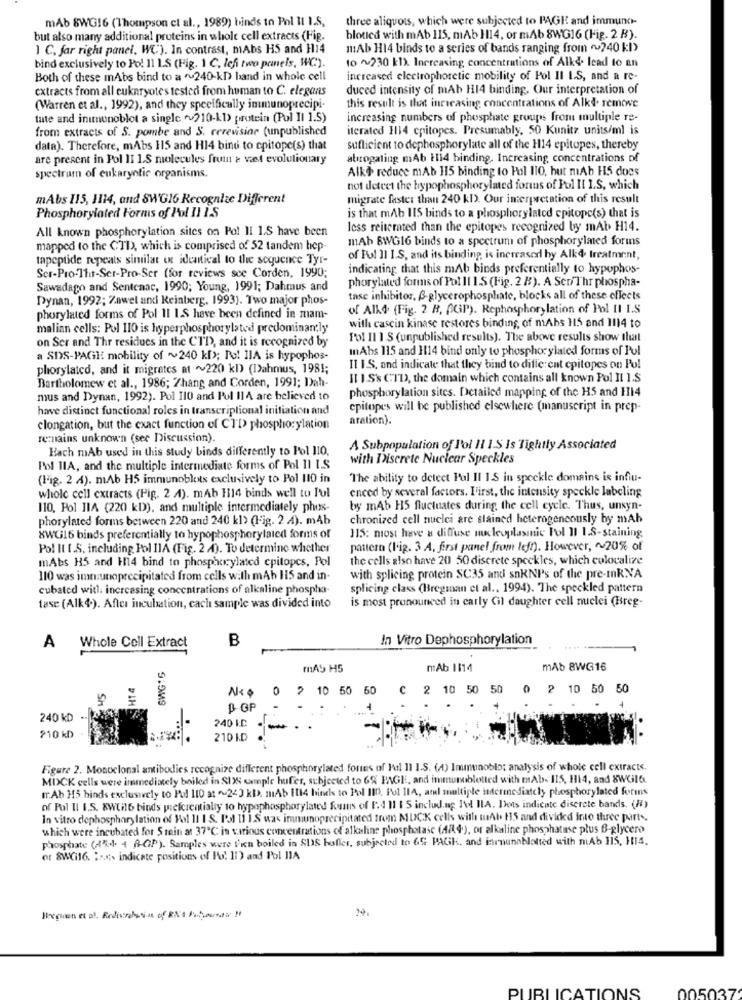
mAb 8WG16 (Thompson et al ., 1989) binds to Pol Il 1.5,
three aliquots, which were subjected to PAGE and immuno-
but also many additional proteins in whole cell extracts (Fig.
bloued with mAb 115, mAb H14, or mAb 8WG16 (Fig. 2 B).
1 C, far right panel, WC'). In contrast, mAbs HS and H14
mAb H14 binds to a series of bands ranging from "~240 kl)
to ~230 k1). Increasing concentrations of Alkd. lead to an
bind exclusively to Po! 11 LS (Fig. 1 C. lefi two panels, WC).
Both of these mAbs bind to a ~240-KD hand in whole cell
increased electrophoretic mobility of Pol II I.S, and a re-
extracts from all eukaryotes tested from human to C. elegans
duced intensity of mAb H14 binding. Our interpretation of
(Warren et al ., 1992), and they specifically immunoprecipi-
this result is that increasing concentrations of Alkd. remove
tate and inimunoblot a single v210-k1) protein (Pol Il 1.5)
increasing numbers of phosphate groups from multiple re-
from extracts of S. pombe and S. cerevisior (unpublished
iterated H14 cpitopes. Presumably. 50 Kunitz units/ml is
data). Therefore, mAbs 115 and H14 bind to cpitope(s) that
sufficient to dephosphorylate all of the H14 epitopes, thereby
are present in Pol II 1.S molecules frum a vast evolutionary
atırogating mAb H114 binding. Increasing concentrations of
Alko reduce mAb 115 binding to Pol I10, but mAb H5 does
spectrum of eukaryotic organisms.
not detect the hypophosphorylmed forms of Pol Il IS, which
mAbs 115, 1114, and 8WG16 Recognize Different
migrate faster than 240 kD. Our interpretation of this result
Phosphorylated Forms of Pol 11 1.5
is that mAb IIS binds to a phosphorylated epitopc(s) that is
All known phosphorylation sites on Pol Il 1.5 have been
less reiterated than the epitopes recognized by mAb H14.
mAb 8WG16 binds to a spectrum of phosphorylated forms
mapped to the CTD, which is comprised of 52 tandem hep
tapeptide repeats similat ext identical to the sequence Tyr-
of Fol 11 I.S, and its binding is increased by Alk4 treatment,
indicating that this mAb binds preferentially to hypophos-
Scr-Pro-Thit-Ser-Pro-Ser (for reviews sce Corden, 1990;
phorylated forms of Pol Il 1.5 (Fig. 2 B). A Ser/Thr phospha-
Sawadago and Sentenac, 1990; Young, 1991; Dahmus and
Dynan, 1992; Zawet and Keinberg, 1993). Two major phos-
tase inhibitor, B-glycerophosphate, blocks all of these effects
of All& (Fig. 2 B, ACiP). Rephosphory lation of Pol 11 1.5
phorylated forms of Pol I1 1.S have been defined in mam-
malian cells: Pol 110 is hyperphosphorylated predominantly
with cascin kinase restores binding, of mAbs 115 and 1114 to
on Ser and Thr residues in the CTD, and it is recognized by
Fol I1 1-S (unpublished results). The above results show that
mAbs 115 and 1114 bind only to phosphorylated forms of Pul
a SDS-PAGH mobility of ~240 k[>; Po! IIA is hypophos-
phorylated, and it migrates at ~220 kl) (1)ahmus, 1981;
IT I.S. and indicate that they bind to different epitopes on Pul
Bartholomew et al ., 1986; Zhang and Corden, 1991; Dah-
Il IS's CID, the domain which contains all known Pol Il 1.S
phosphorylation sites. Detailed mapping of the H5 and HI4
mus and Dynan, 1992). Pol 110 and Pol IIA are believed to
have distinct functional roles in transcriptional initiation and
epitopes will be published elsewhere (manuscript in prep-
aration).
clongation, but the exact function of CTD phosphorylation
reznains unknown (see Discussion).
Hach mAb used in this study binds differently to Pol IIO,
A Subpopulation of Pol 11 1.S Is Tightly Associated
with Discrete Nuclear Speckles
Pol IIA, and the multiple intermediate forms of Pol II I.S
(Fig. 2 4). mAb H5 immunoblots exclusively to Pol 110 in
The ability to detect Pal II IS in speckle domaine is infiu-
enced by several factors. First, the intensity speckle labeling
whole cell extracts (Fig. 2 4). mAb H14 binds well to Ful
110, Pol IIA (220 kD), and multiple intermediately phus-
by mAb H5 fluctuates during the cell cycle. Thus, unsyn-
phorylated forms between 220 and 240 kl> (Fig. 2.4). m4b
chronized cell nuclei are stained heterogeneously by mAh
115: miost have a diffuse nucleoplasmnic Fol Il 1.S-staining
8WG16 binds preferentially to hypophosphorylated forms of
Pol It [.S. including Pol IIA (Fig. 2 4). To determine whether
pattern (1.i2. 3 A, first panel from left). However, ~ 20% of
mAbs H5 and H14 bind to phosphorylated epitopes, Pol
the cells also have 20 50 discrete speckles, which colocalize
110 was immunoprecipitated from cells with mAb 115 and in-
with splicing protein SC35 and snRNP's of the pre-mR.NA
cubated with. increasing concentrations of alkaline phospho-
splicing class (Bregman et al ., 1994). The speckled pattern
is most pronounced in carly Cil daughter cell nuclei (Freg-
tase (Alk4.). After incubation, cach sample was divided into
B
In Vitro Dephosphorylation
A
Whole Cell Extract
SWG:S
mAS H5
mAb 1814
mAb 8WG16
0
2 10 50 50
C 2 10 50 50
0 2 10 50 50
B GP
240 kD
240 KC
210 kD
210 KD
Figure 2. Monoclonal antibodies recognize different phosphorylated fortes of Pal 11 I.S. (4) Immunoblo; analysis of whole cell extracts.
MIXCK cells were immediately boiled in SI28 comple hufer, subjected to 6% ENGE, and immunoblotted with mAb- IIS, H14, and 8WGl&.
mr.Ab H5 hinds exclusively to Pol 110 at ~240 kD. mAb [114 hinds to Pol III. Pol 11A, and multiple intermediately phosphorylated forms
of Pol Il I.S. 8WCH16 binds wiefcrentially to hypophosphorylated fous of F.4 11 1 S including I've ILA. Dots indicate diserete bands. (H)
In vitro dephosphorylation of Hal 11 IS. Pol [1 ].S was immunoprecipitated from MUCK cells with tuAt 115 and divided into three parts.
which were incubated for 5 sein at 37℃ in various concentrations of alkaline phosphatase (4/44.), or alkaline phosphatase plus B-glycero
phosphate (45-4 4 A-GP). Samples were Vien boiled in SUS hoffer, subjected to 65 PACK, and immunoblotted with mAb HIS, 114.
or 8W(i16. : ox ;. indicate positions of Po' 11) and Pol IIA
005037
PUBLICATIONS